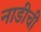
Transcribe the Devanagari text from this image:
नाडीची